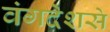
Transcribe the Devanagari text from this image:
वंगदेशसे